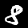
Digit: 8